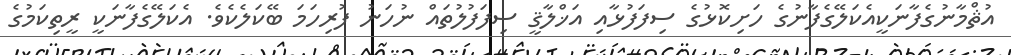
އުޘްމާނުގެފާނަކީއެކަލޭގެފާނުގެ ހަށިކޮޅުގެ ސިފަފުޅާއި އަޚްލާޤީ ސިފަފުލުތައް ނުހަނު ފުރިހަމަ ބޭކަލެކެވެ. އެކަލޭގެފާނަކީ ރީތިކަމުގެ